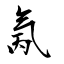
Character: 氞